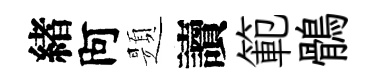
緖阿題讀範鶻